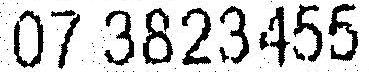
07 3823455